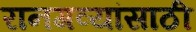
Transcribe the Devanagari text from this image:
रानगव्यांसाठी